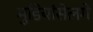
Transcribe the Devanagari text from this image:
मुडियांसेलगे